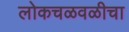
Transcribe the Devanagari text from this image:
लोकचळवळीचा